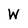
Character: W